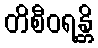
တိစီဝရန္တိ